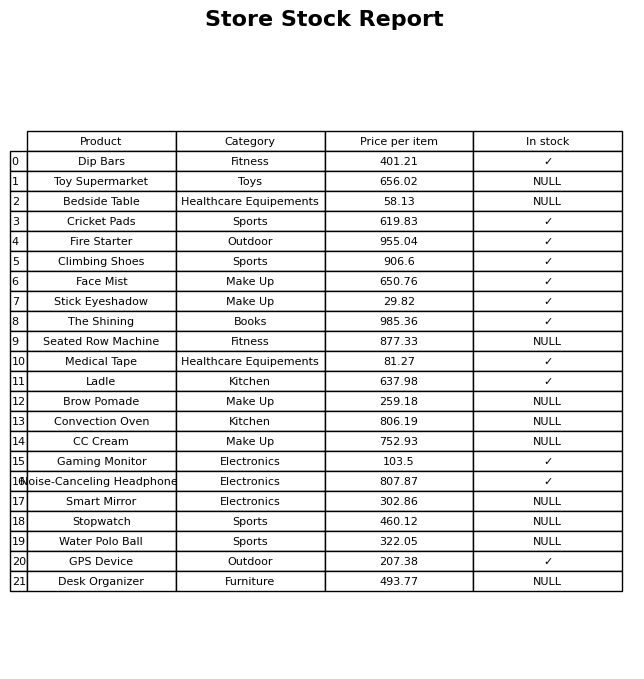
question: What category does the Seated Row Machine belong to?
answer: Fitness